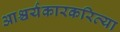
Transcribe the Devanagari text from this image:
आश्चर्यकारकरित्या